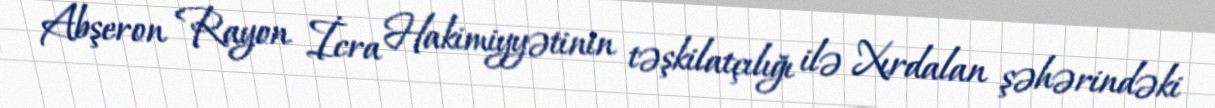
Abşeron Rayon İcra Hakimiyyətinin təşkilatçılığı ilə Xırdalan şəhərindəki